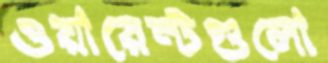
ওয়ারেন্টগুলো